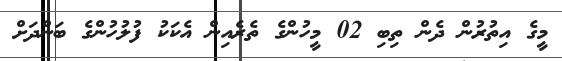
މީގެ އިތުރުން ދެން ތިބި 02 މީހުންގެ ތެރެއިން އެކަކު ފުލުހުންގެ ބަންދަށް